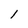
Character: 1